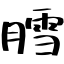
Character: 膤